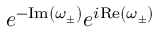
e ^ { - \mathrm { I m } \left( \omega _ { \pm } \right) } e ^ { i \mathrm { R e } \left( \omega _ { \pm } \right) }